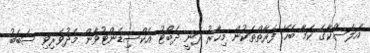
އަލަސްކާގެ ކަމާ ބެހޭ ފަރާތްތަކުން މިހާރު ދަނީ ދެބޯޓު އެކްސިޑެންޓުވާން މެދުވެރިވި ސަބަބު